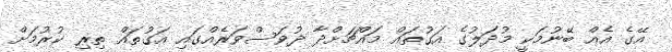
އޭގެ އެއް ބޭނުމަކީ މުދަލުގެ އަގުތައް މައްޗަށްދާ ދުވަސްވަރެއްގައި އަގުތައް ތިރި ކުރުމަށް